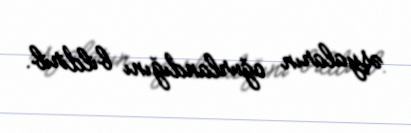
əşyaların oğurlandığını bildirib.